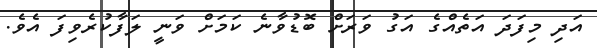
އަދި މިފަދަ އަތެއްގެ އަގު ވަރަށް ބޮޑުވާނެ ކަމަށް ވަނީ ލަފާކުރެވިފަ އެވެ.